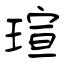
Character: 瑄